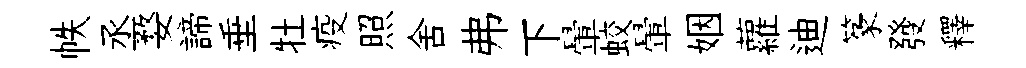
帙丞婺諦垂牡疫照舍弗下暈蛟暈姻蘿迪篆發釋